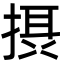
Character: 摂